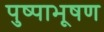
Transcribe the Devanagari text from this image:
पुष्पाभूषण